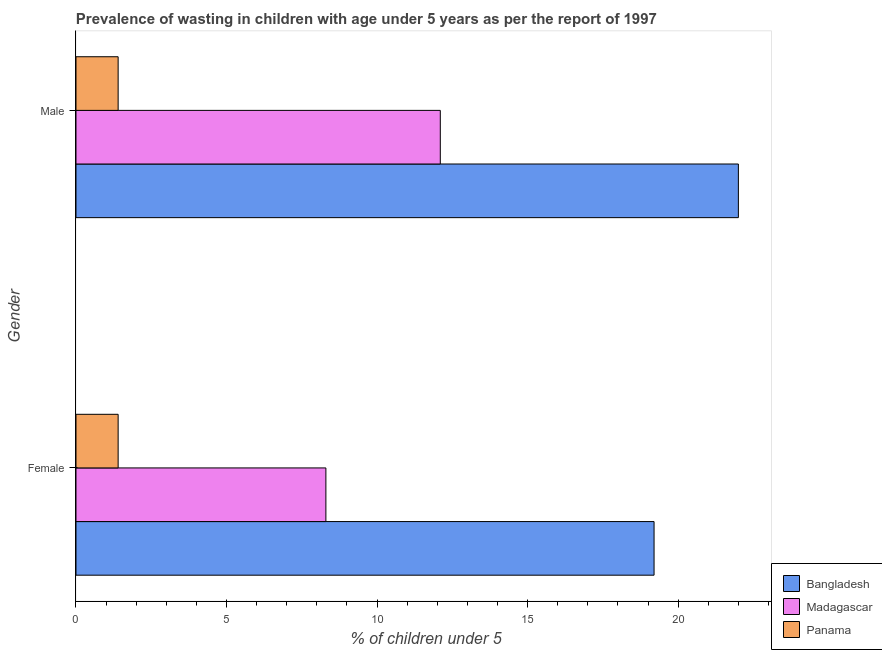
| Gender | Bangladesh | Madagascar | Panama |
 | --- | --- | --- | --- |
 | Female | 19.2 | 8.3 | 1.4 |
 | Male | 22 | 12.1 | 1.4 |